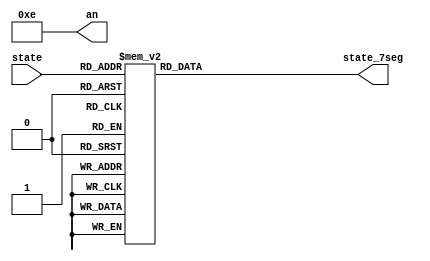
`timescale 1ns / 1ps

module state_display(
    input [3:0] state,
    output reg [6:0] state_7seg,
    output wire [3:0] an
);

assign an = 4'b1110;
    
always @ (*) begin
	case (state)
		4'd0 : state_7seg = 7'b1000000;
		4'd1 : state_7seg = 7'b1111001;
		4'd2 : state_7seg = 7'b0100100;
		4'd3 : state_7seg = 7'b0110000;
		4'd4 : state_7seg = 7'b0011001;
        4'd5 : state_7seg = 7'b0010010;
        4'd6 : state_7seg = 7'b0000010;
        4'd7 : state_7seg = 7'b1111000;
        4'd8 : state_7seg = 7'b0000000;
		default : state_7seg = 7'b1111111;
	endcase
end

endmodule

module led_display(
    input [15:0] in_led,
    output wire [15:0] led
);

assign led = in_led;

endmodule